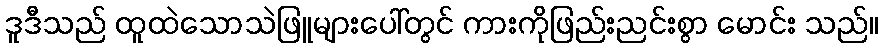
ဒူဒီသည် ထူထဲသောသဲဖြူများပေါ်တွင် ကားကိုဖြည်းညင်းစွာ မောင်း သည်။